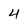
Character: 4